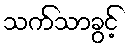
သက်သာခွင့်